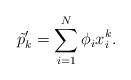
LaTeX: \begin{align*} \tilde p'_k=\sum_{i=1}^N \phi_ix_i^k.\end{align*}